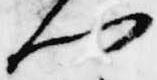
門